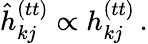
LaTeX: \hat{h}_{kj}^{(tt)}\propto h_{kj}^{(tt)}\, .